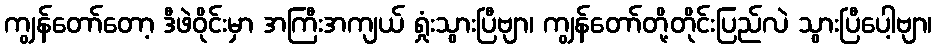
ကျွန်တော်တော့ ဒီဖဲဝိုင်းမှာ အကြီးအကျယ် ရှုံးသွားပြီဗျာ၊ ကျွန်တော်တို့တိုင်းပြည်လဲ သွားပြီပေါ့ဗျာ၊